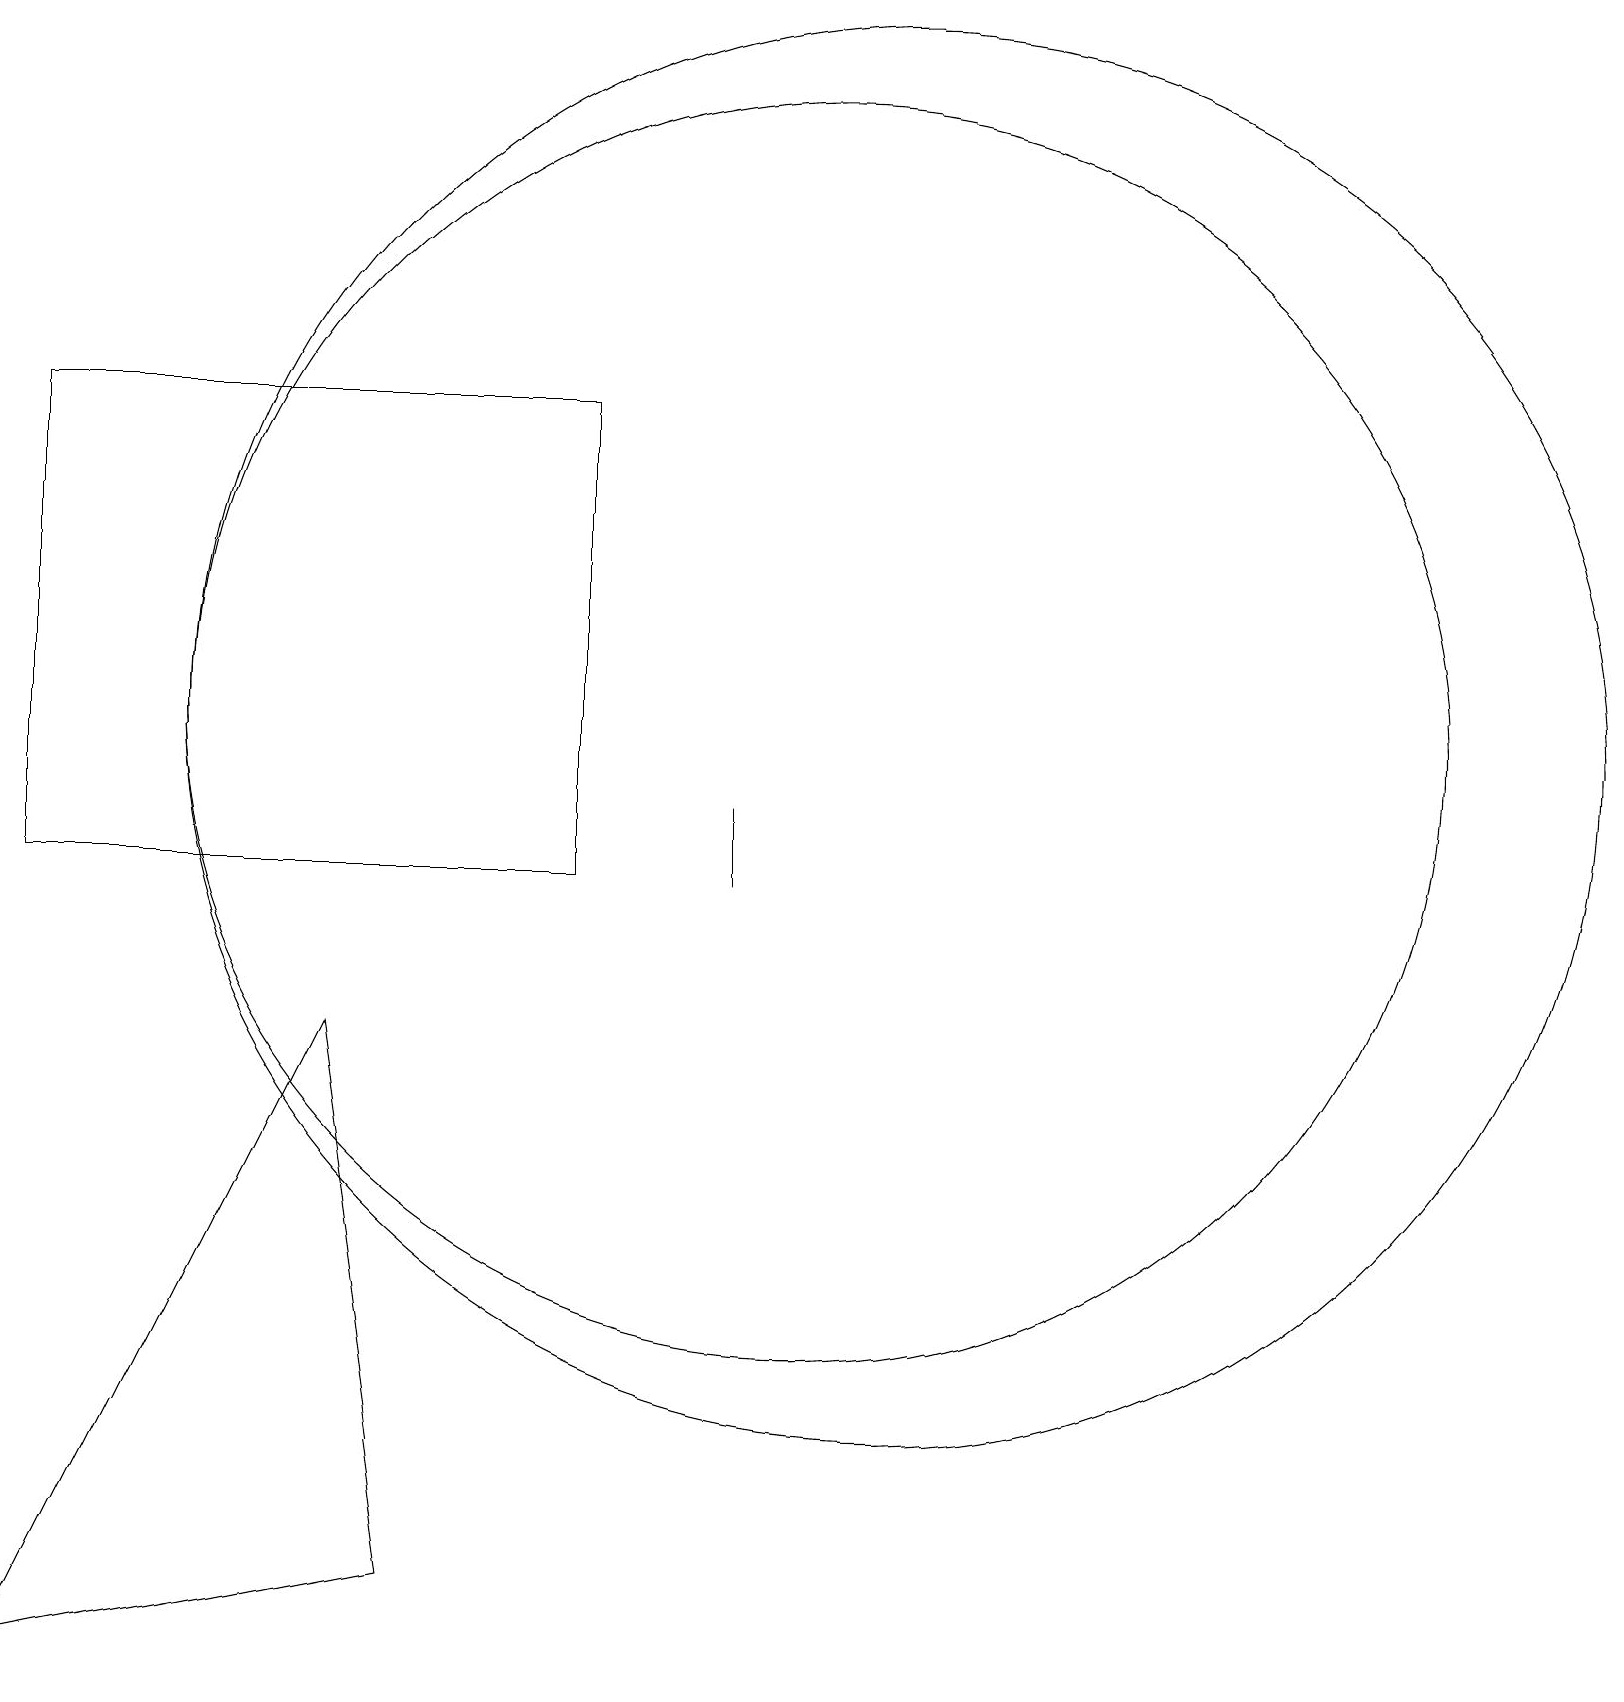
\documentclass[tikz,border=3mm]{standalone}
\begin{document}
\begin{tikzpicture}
\draw (4,8) -- (5,1) -- (0,0) -- cycle;
\draw (10,12) circle (8);
\draw (7,10) rectangle (0,16);
\draw (11,12) circle (9);
\draw (9,11) rectangle (9,10);
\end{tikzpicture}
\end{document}